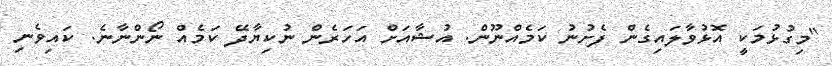
"މިގުޅުމަކީ އޮޅުވާލައިގެން ފެށުނު ކަމެއްނޫން. އުޝާއަށް އަހަރެން ނުކިޔާދޭ ކަމެއް ނޯންނާނެ. ކައިވެނި